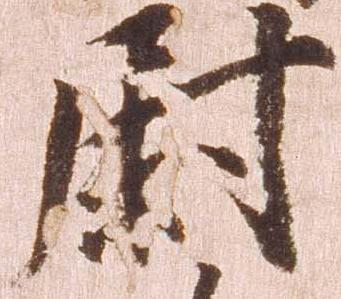
尉